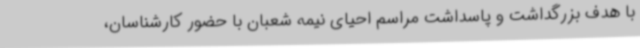
با هدف بزرگداشت و پاسداشت مراسم احیای نیمه شعبان با حضور کارشناسان،